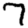
Digit: 7